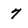
Character: 7